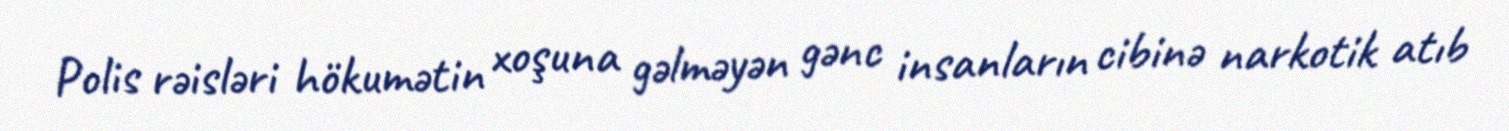
Polis rəisləri hökumətin xoşuna gəlməyən gənc insanların cibinə narkotik atıb